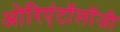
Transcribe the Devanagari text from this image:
ओरिएंटॉलॉजी